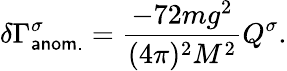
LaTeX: \delta\Gamma_{\sf{anom.}}^{\sigma}=\frac{-72mg^{2}}{(4\pi)^{2}M^{2}}Q^{\sigma}.